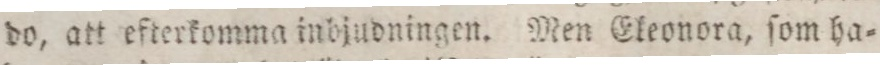
do, att efterkomma inbjudningen. Men Eleonora, ſom ha=